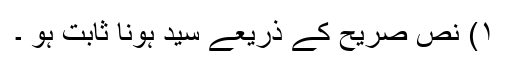
١) نص صریح کے ذریعے سید ہونا ثابت ہو ۔